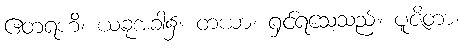
ဧတရဟိ၊ ယခုအခါ၌။ တယာ၊ ရှင်ရသေ့သည်။ ပူဇိတာ၊